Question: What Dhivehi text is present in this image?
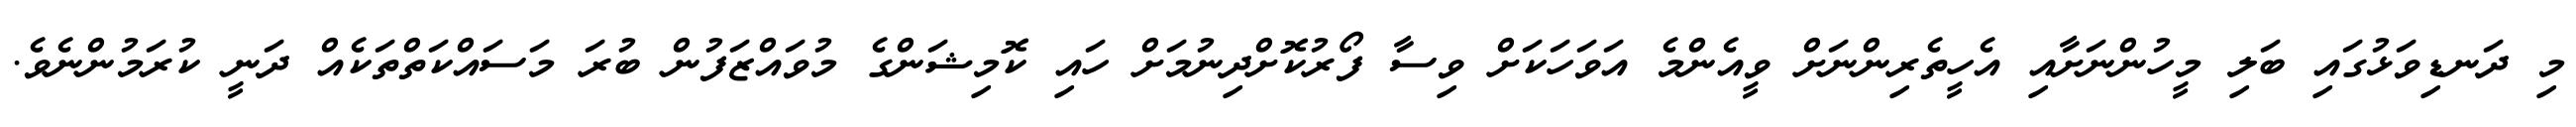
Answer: މި ދަނޑިވަޅުގައި ބަލި މީހުންނަށާއި އެހީތެރިންނަށް ވީއެންމެ އަވަހަކަށް ވިސާ ފޯރުކޮށްދިނުމަށް ހައި ކޮމިޝަންގެ މުވައްޒަފުން ބުރަ މަސައްކަތްތަކެއް ދަނީ ކުރަމުންނެވެ.